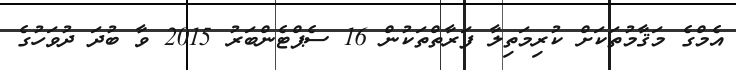
އެމްގެ މަޤާމުތަކަށް ކުރިމަތިލާ ފަރާތްތަކުން 16 ސެޕްޓެންބަރު 2015 ވާ ބުދަ ދުވަހުގެ